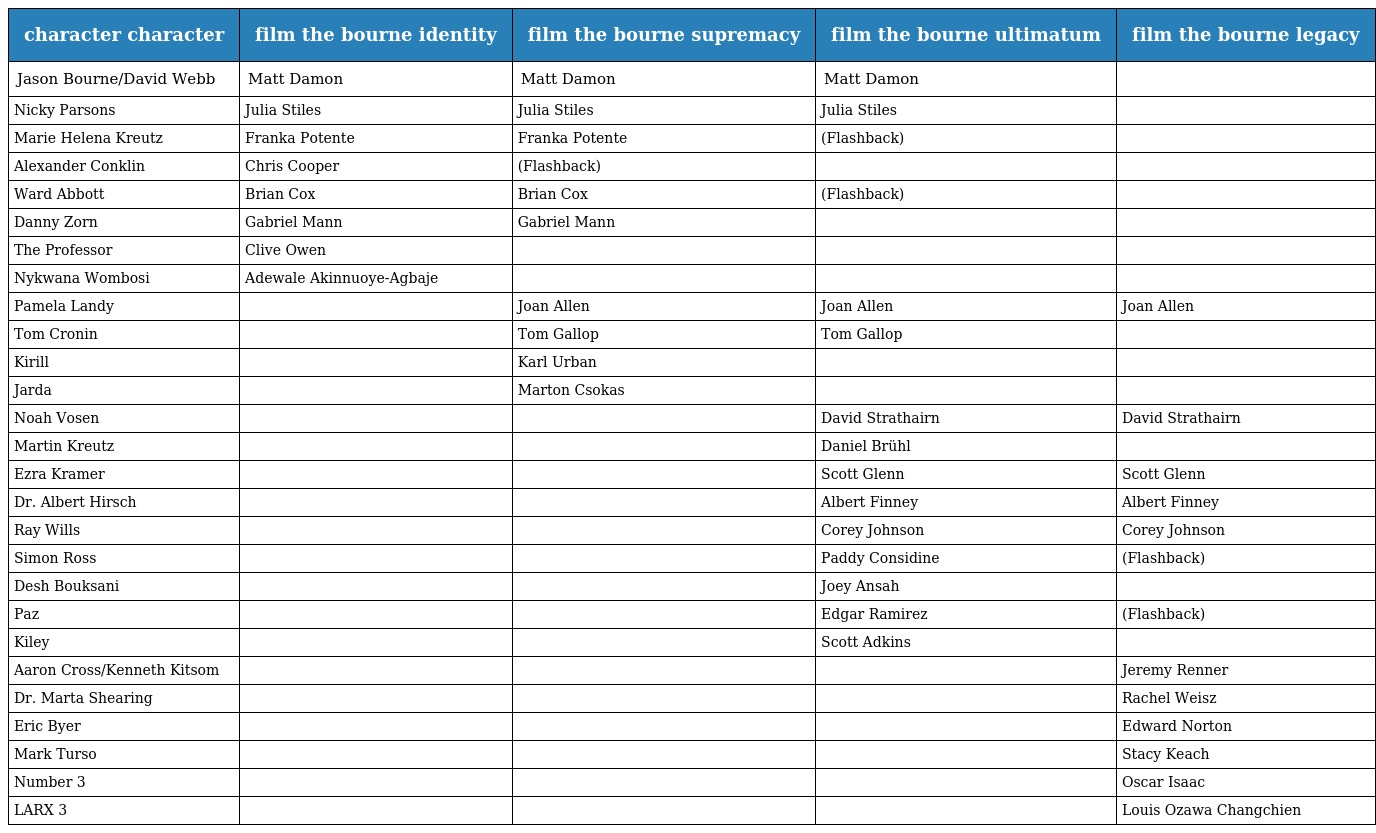
| character character | film the bourne identity | film the bourne supremacy | film the bourne ultimatum | film the bourne legacy |
 | --- | --- | --- | --- | --- |
 | Jason Bourne/David Webb | Matt Damon | Matt Damon | Matt Damon |  |
 | Nicky Parsons | Julia Stiles | Julia Stiles | Julia Stiles |  |
 | Marie Helena Kreutz | Franka Potente | Franka Potente | (Flashback) |  |
 | Alexander Conklin | Chris Cooper | (Flashback) |  |  |
 | Ward Abbott | Brian Cox | Brian Cox | (Flashback) |  |
 | Danny Zorn | Gabriel Mann | Gabriel Mann |  |  |
 | The Professor | Clive Owen |  |  |  |
 | Nykwana Wombosi | Adewale Akinnuoye-Agbaje |  |  |  |
 | Pamela Landy |  | Joan Allen | Joan Allen | Joan Allen |
 | Tom Cronin |  | Tom Gallop | Tom Gallop |  |
 | Kirill |  | Karl Urban |  |  |
 | Jarda |  | Marton Csokas |  |  |
 | Noah Vosen |  |  | David Strathairn | David Strathairn |
 | Martin Kreutz |  |  | Daniel Brühl |  |
 | Ezra Kramer |  |  | Scott Glenn | Scott Glenn |
 | Dr. Albert Hirsch |  |  | Albert Finney | Albert Finney |
 | Ray Wills |  |  | Corey Johnson | Corey Johnson |
 | Simon Ross |  |  | Paddy Considine | (Flashback) |
 | Desh Bouksani |  |  | Joey Ansah |  |
 | Paz |  |  | Edgar Ramirez | (Flashback) |
 | Kiley |  |  | Scott Adkins |  |
 | Aaron Cross/Kenneth Kitsom |  |  |  | Jeremy Renner |
 | Dr. Marta Shearing |  |  |  | Rachel Weisz |
 | Eric Byer |  |  |  | Edward Norton |
 | Mark Turso |  |  |  | Stacy Keach |
 | Number 3 |  |  |  | Oscar Isaac |
 | LARX 3 |  |  |  | Louis Ozawa Changchien |